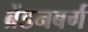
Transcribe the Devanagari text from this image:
ब्रेंडनबर्ग